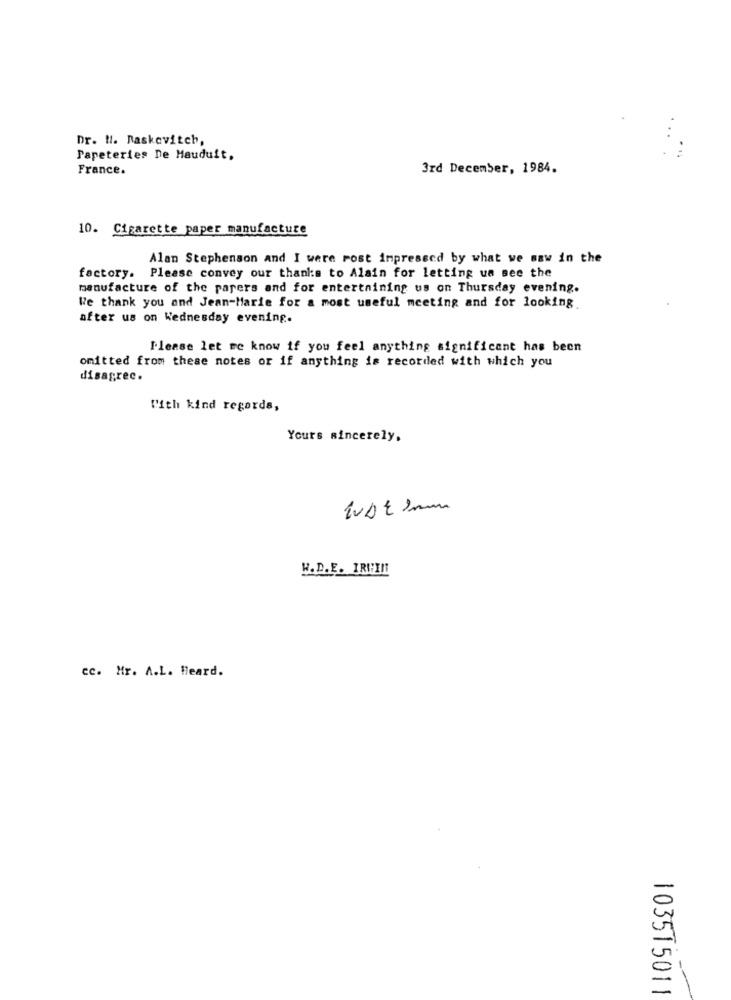
Dr. H. Raskevitch,
Papeteries De Mauduit.
France.
3rd December, 1984.
10. Cigarette paper manufacture
Alan Stephenson and I were Post impressed by what we saw in the
factory. Please convey our thanks to Alain for letting us see the
manufacture of the papers and for entertaining us on Thursday evening.
We thank you and Jean-Marie for a most useful meeting and for looking
after us on Wednesday evening.
Please let me know if you feel anything significant has been
omitted from these notes or if anything is recorded with which you
disagree.
With kind regards,
Yours sincerely,
H.D.E. IRWIN
cc. Mr. A.L. Heard.
103515011